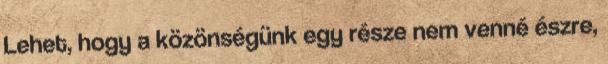
Lehet, hogy a közönségünk egy része nem venné észre,